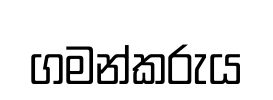
ගමන්කරුය